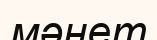
мәнет